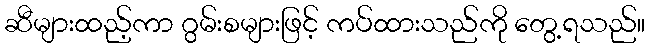
ဆီများထည့်ကာ ဂွမ်းစများဖြင့် ကပ်ထားသည်ကို တွေ့ရသည်။